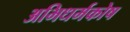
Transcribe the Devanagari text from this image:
अभिधर्मकोष